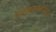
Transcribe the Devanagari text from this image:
मानुषकर्माच्या